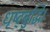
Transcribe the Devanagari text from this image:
धृष्ट्बुद्धि।